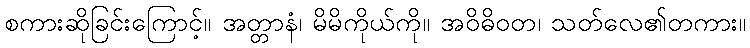
စကားဆိုခြင်းကြောင့်။ အတ္တာနံ၊ မိမိကိုယ်ကို။ အဝိဓိဝတ၊ သတ်လေ၏တကား။